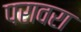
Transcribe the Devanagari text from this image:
परावरा